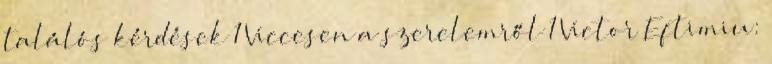
találós kérdések 1 Viccesen a szerelemről 1 Victor Eftimiu: